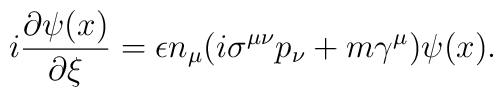
i\frac{\partial \psi (x)}{\partial \xi }=\epsilon n_\mu (i\sigma ^{\mu \nu}p_\nu +m\gamma ^\mu )\psi (x).